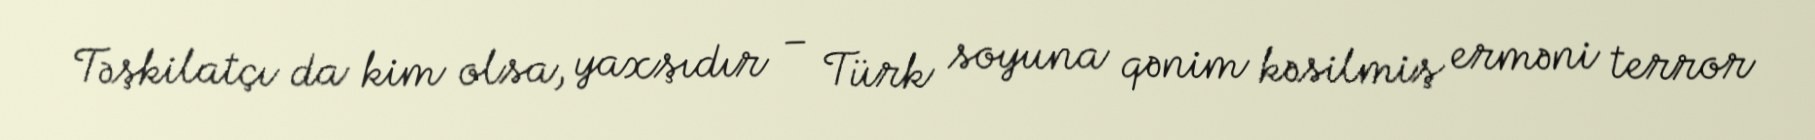
Təşkilatçı da kim olsa, yaxşıdır – Türk soyuna qənim kəsilmiş erməni terror